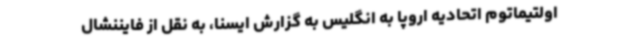
اولتیماتوم اتحادیه اروپا به انگلیس به گزارش ایسنا، به نقل از فایننشال